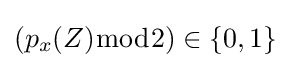
{\textstyle (p_{x}(Z){\bmod {2}})\in \{0,1\}}